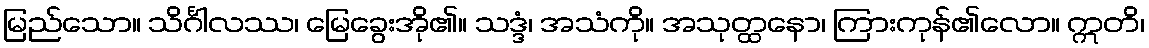
မြည်သော။ သိင်္ဂါလဿ၊ မြေခွေးအို၏။ သဒ္ဒံ၊ အသံကို။ အသုတ္ထနော၊ ကြားကုန်၏လော။ ဣတိ၊